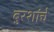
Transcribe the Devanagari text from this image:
बुरशांचे